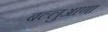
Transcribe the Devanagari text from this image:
बल्लुआणा